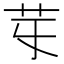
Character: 𦬤